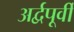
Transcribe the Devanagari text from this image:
अर्द्वपूर्वी